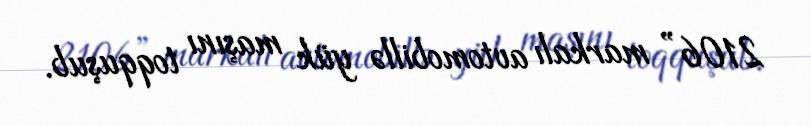
2106” markalı avtomobillə yük maşını toqquşub.